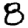
Digit: 8